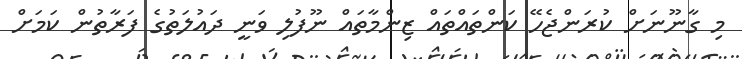
މި ގާނޫނަށް ކުރަންޖެހޭ ކަންތައްތައް ޒިންމާތައް ނޫފުލި ވަނީ ދައުލަތުގެ ފަރާތުން ކަމަށް